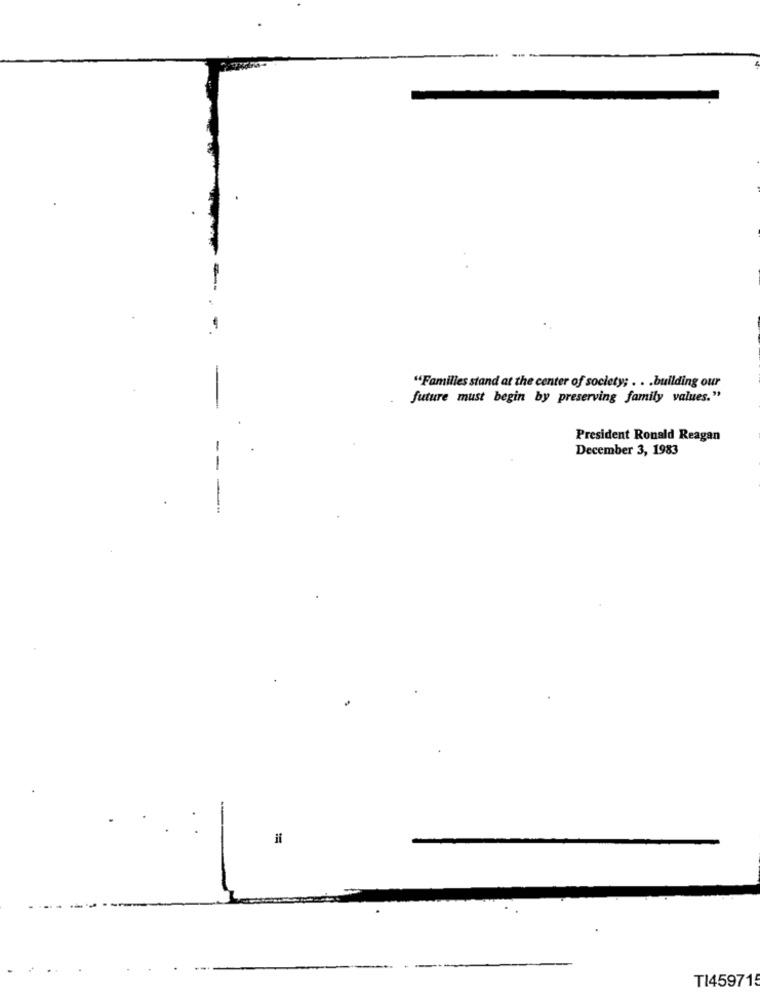
"Familles stand at the center of society; . . . building our
future must begin by preserving family values."
President Ronald Reagan
December 3, 1983
--
il
TI459715